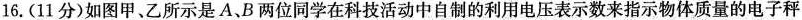
16.(11分)如图甲、乙所示是A、B两位同学在科技活动中自制的利用电压表示数来指示物体质量的电子秤